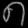
Digit: ၈